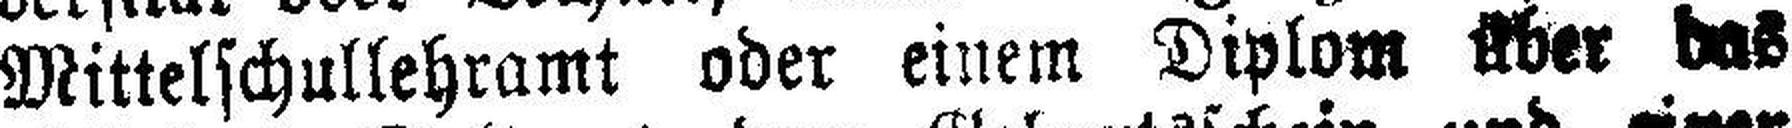
Mittelschullehramt oder einem Diplom über das